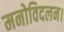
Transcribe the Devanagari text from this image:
मनोविदलन।